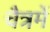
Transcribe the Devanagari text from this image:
चैत्रमें